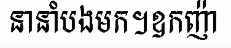
នានាំបងមក។ឧកញ៉ា